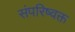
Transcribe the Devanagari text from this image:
संपरिष्वक्त